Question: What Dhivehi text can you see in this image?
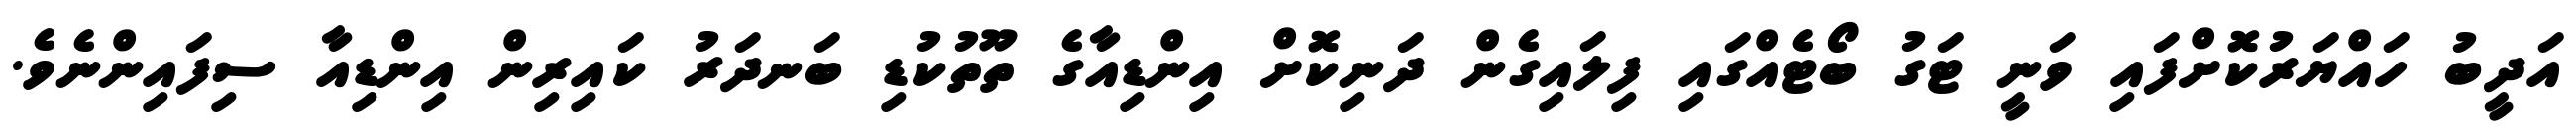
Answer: އަދީބު ހައްޔަރުކޮށްފައި ވަނީ ޓަގު ބޯޓެއްގައި ފިލައިގެން ދަނިކޮށް އިންޑިއާގެ ތޫތުކުޑި ބަނދަރު ކައިރިން އިންޑިއާ ސިފައިންނެވެ.